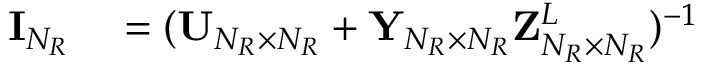
\begin{array} { r l } { { \bf { I } } _ { N _ { R } } } & { { } = ( { \bf { U } } _ { N _ { R } \times N _ { R } } + { \bf { Y } } _ { N _ { R } \times N _ { R } } { \bf { Z } } _ { N _ { R } \times N _ { R } } ^ { L } ) ^ { - 1 } } \end{array}